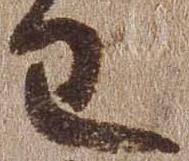
王